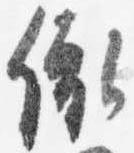
依